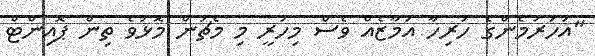
"އަހަރުމެންގެ ހުރިހާ އަމާޒެއް ވެސް މިހުރީ މި މެޗުން މޮޅުވެ ތިން ޕޮއިންޓް